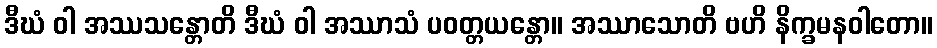
ဒီဃံ ဝါ အဿသန္တောတိ ဒီဃံ ဝါ အဿာသံ ပဝတ္တယန္တော။ အဿာသောတိ ဗဟိ နိက္ခမနဝါတော။